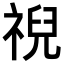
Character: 𫀗